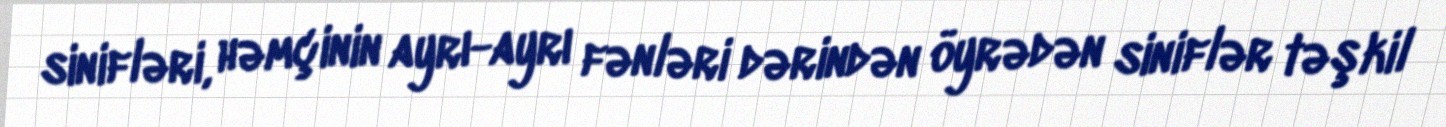
sinifləri, həmçinin ayrı-ayrı fənləri dərindən öyrədən siniflər təşkil